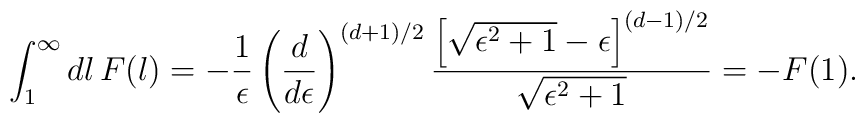
\int_1^\infty dl\,F(l)=-{1\over\epsilon}\left(d\over d\epsilon\right)^{(d+1)/2}{\left[\sqrt{\epsilon^2+1}-\epsilon\right]^{(d-1)/2}\over\sqrt{\epsilon^2+1}}=-F(1).